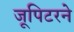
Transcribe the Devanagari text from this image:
जूपिटरने